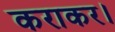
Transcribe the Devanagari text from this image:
कराकर।